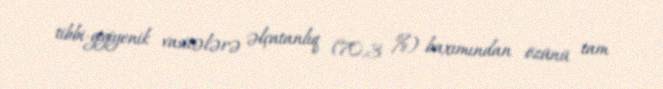
tibbi-gigiyenik vasitələrə əlçatanlıq (70,3 %) baxımından özünü tam